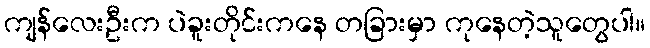
ကျန်လေးဦးက ပဲခူးတိုင်းကနေ တခြားမှာ ကုနေတဲ့သူတွေပါ။